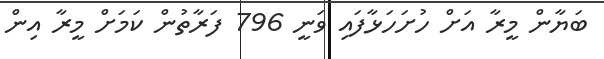
ބަޔާން މީރާ އަށް ހުށަހަޅާފައި ވަނީ 796 ފަރާތުން ކަމަށް މީރާ އިން